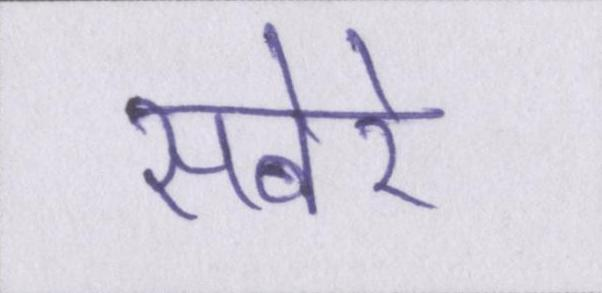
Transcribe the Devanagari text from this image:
सबेरे